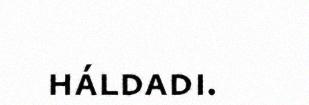
háldadi.